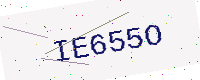
Text: IE655O